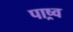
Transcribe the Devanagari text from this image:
पाष्र्व